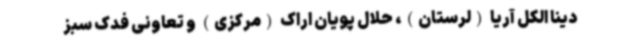
دینا الکل آریا (لرستان)، حلال پویان اراک (مرکزی) و تعاونی فدک سبز